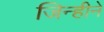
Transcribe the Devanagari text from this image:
जिन्हीने